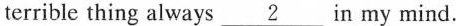
terrible thing always \underline{2}in my mind.